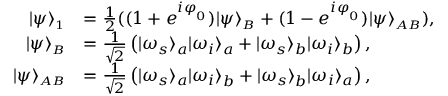
\begin{array} { r l } { | \psi \rangle _ { \scriptscriptstyle 1 } } & { = \frac { 1 } { 2 } ( ( 1 + e ^ { i \varphi _ { _ 0 } } ) | \psi \rangle _ { \scriptscriptstyle B } + ( 1 - e ^ { i \varphi _ { _ 0 } } ) | \psi \rangle _ { \scriptscriptstyle A B } ) , } \\ { | \psi \rangle _ { \scriptscriptstyle B } } & { = \frac { 1 } { \sqrt { 2 } } \left( \vert \omega _ { s } \rangle _ { a } \vert \omega _ { i } \rangle _ { a } + \vert \omega _ { s } \rangle _ { b } \vert \omega _ { i } \rangle _ { b } \right) , } \\ { | \psi \rangle _ { \scriptscriptstyle A B } } & { = \frac { 1 } { \sqrt { 2 } } \left( \vert \omega _ { s } \rangle _ { a } \vert \omega _ { i } \rangle _ { b } + \vert \omega _ { s } \rangle _ { b } \vert \omega _ { i } \rangle _ { a } \right) , } \end{array}